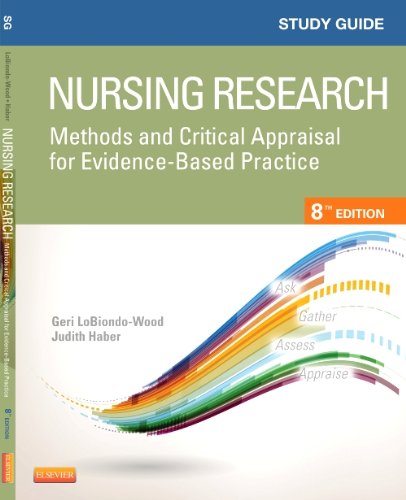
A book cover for Study Guide for Nursing Research: Methods and Critical Appraisal for Evidence-Based Practice, 8e; Geri LoBiondo-Wood PhD  RN  FAAN; Medical Books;